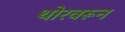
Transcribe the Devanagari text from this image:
थोरवरून